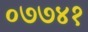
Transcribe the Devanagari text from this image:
०७७४१